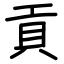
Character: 貢